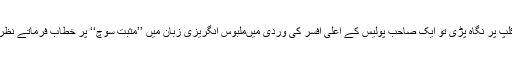
ایک کلپ پر نگاہ پڑی تو ایک صاحب پولیس کے اعلیٰ افسر کی وردی میںملبوس انگریزی زبان میں ’’مثبت سوچ‘‘ پر خطاب فرماتے نظر آئے۔